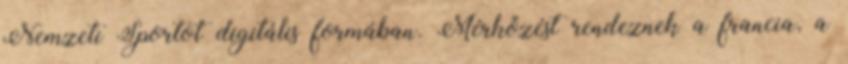
Nemzeti Sportot digitális formában. Mérkőzést rendeznek a francia, a